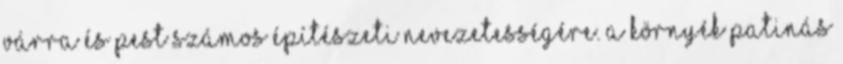
várra és Pest számos építészeti nevezetességére. A környék patinás